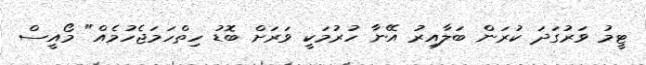
ޓީމު ވަރުގަދަ ކުރަން ބަލާއިރު އޭނާ ހުރުމަކީ ވަރަށް ބޮޑު ހިތްހަމަޖެހުމެއް" މޯއީސް